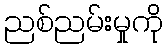
ညစ်ညမ်းမှုကို